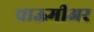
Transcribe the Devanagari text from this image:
चाऊमीअर